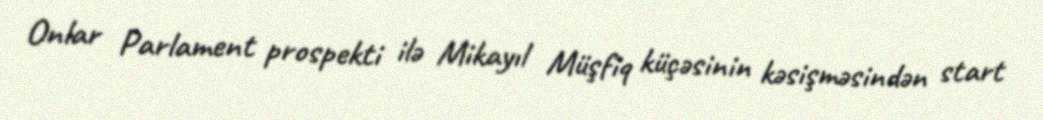
Onlar Parlament prospekti ilə Mikayıl Müşfiq küçəsinin kəsişməsindən start